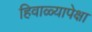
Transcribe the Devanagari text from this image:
हिवाळ्यापेक्षा